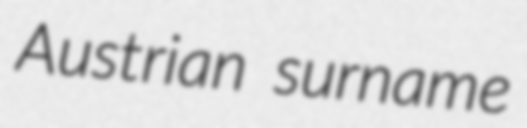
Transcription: Austrian surname